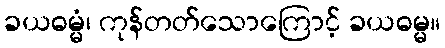
ခယဓမ္မံ၊ ကုန်တတ်သောကြောင့် ခယဓမ္မ။